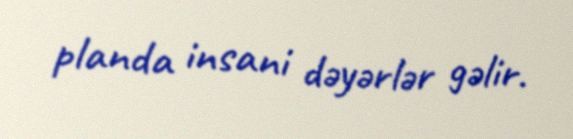
planda insani dəyərlər gəlir.